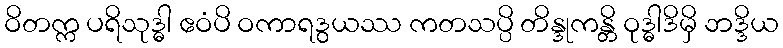
ဝိတက္က ပရိသုဒ္ဓါ ဧဝံပိ ဝကာရဒွယဿ ကတသပ္ပိ တိန္ဒုကန္တိ ဝုဒ္ဓါဒိမှိ ဘဒ္ဒိယ